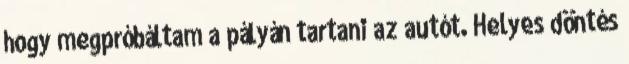
hogy megpróbáltam a pályán tartani az autót. Helyes döntés